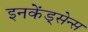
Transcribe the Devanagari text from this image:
इनकेंड्सेन्स